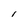
Character: 1